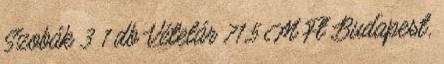
Szobák 3 1 db Vételár 71,5 M Ft Budapest,